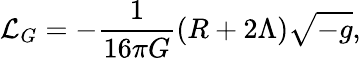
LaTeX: {\mathcal{L}}_{G}=-{\frac{1}{16\pi G}}(R+2\Lambda){\sqrt{-g}},